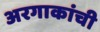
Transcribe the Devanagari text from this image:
अरगाकांची